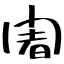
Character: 闍